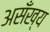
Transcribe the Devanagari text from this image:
असँख्य